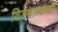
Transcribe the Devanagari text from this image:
विजयाल्क्ष्मी